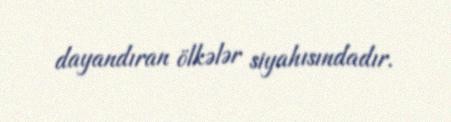
dayandıran ölkələr siyahısındadır.